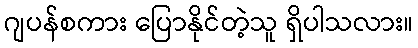
ဂျပန်စကား ပြောနိုင်တဲ့သူ ရှိပါသလား။